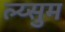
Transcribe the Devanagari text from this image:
ल्य्सुम